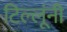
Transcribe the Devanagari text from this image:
टिल्लूंनी